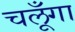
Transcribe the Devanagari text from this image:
चलूँगा